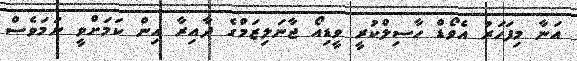
އަނާ މިފަހަރު އެވޯޑް ހާސިލްކުރީ ވީޑިއޯ ޖާނަލިޒަމްގެ ދާއިރާ އިން ކަމަށްވީ ނަަމަވެސް